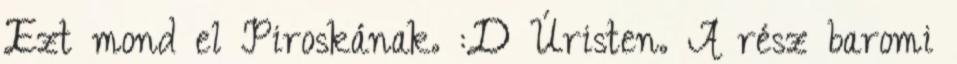
Ezt mond el Piroskának. :D Úristen. A rész baromi